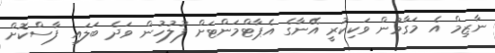
ނާޒިމް އެ މަގާމުން ވަކިކުރީ އޭނާގެ އެޕާޓްމަންޓަށް ފުލުހުން ވަދެ ބަލައި ފާސްކޮށް